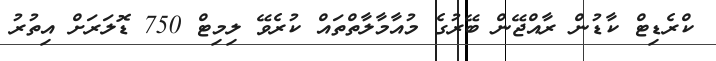
ކްރެޑިޓް ކާޑުން ރާއްޖޭން ބޭރުގެ މުއާމާލާތްތައް ކުރެވޭ ލިމިޓް 750 ޑޮލަރަށް އިތުރު